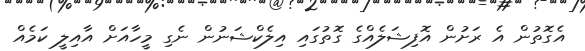
އެގޮތުން އެ ރަށުން އޮފިޝަލެއްގެ ގޮތުގައި އިލެކްޝަނުން ނެގި މީހާއަށް އާއިލީ ކަމެއް